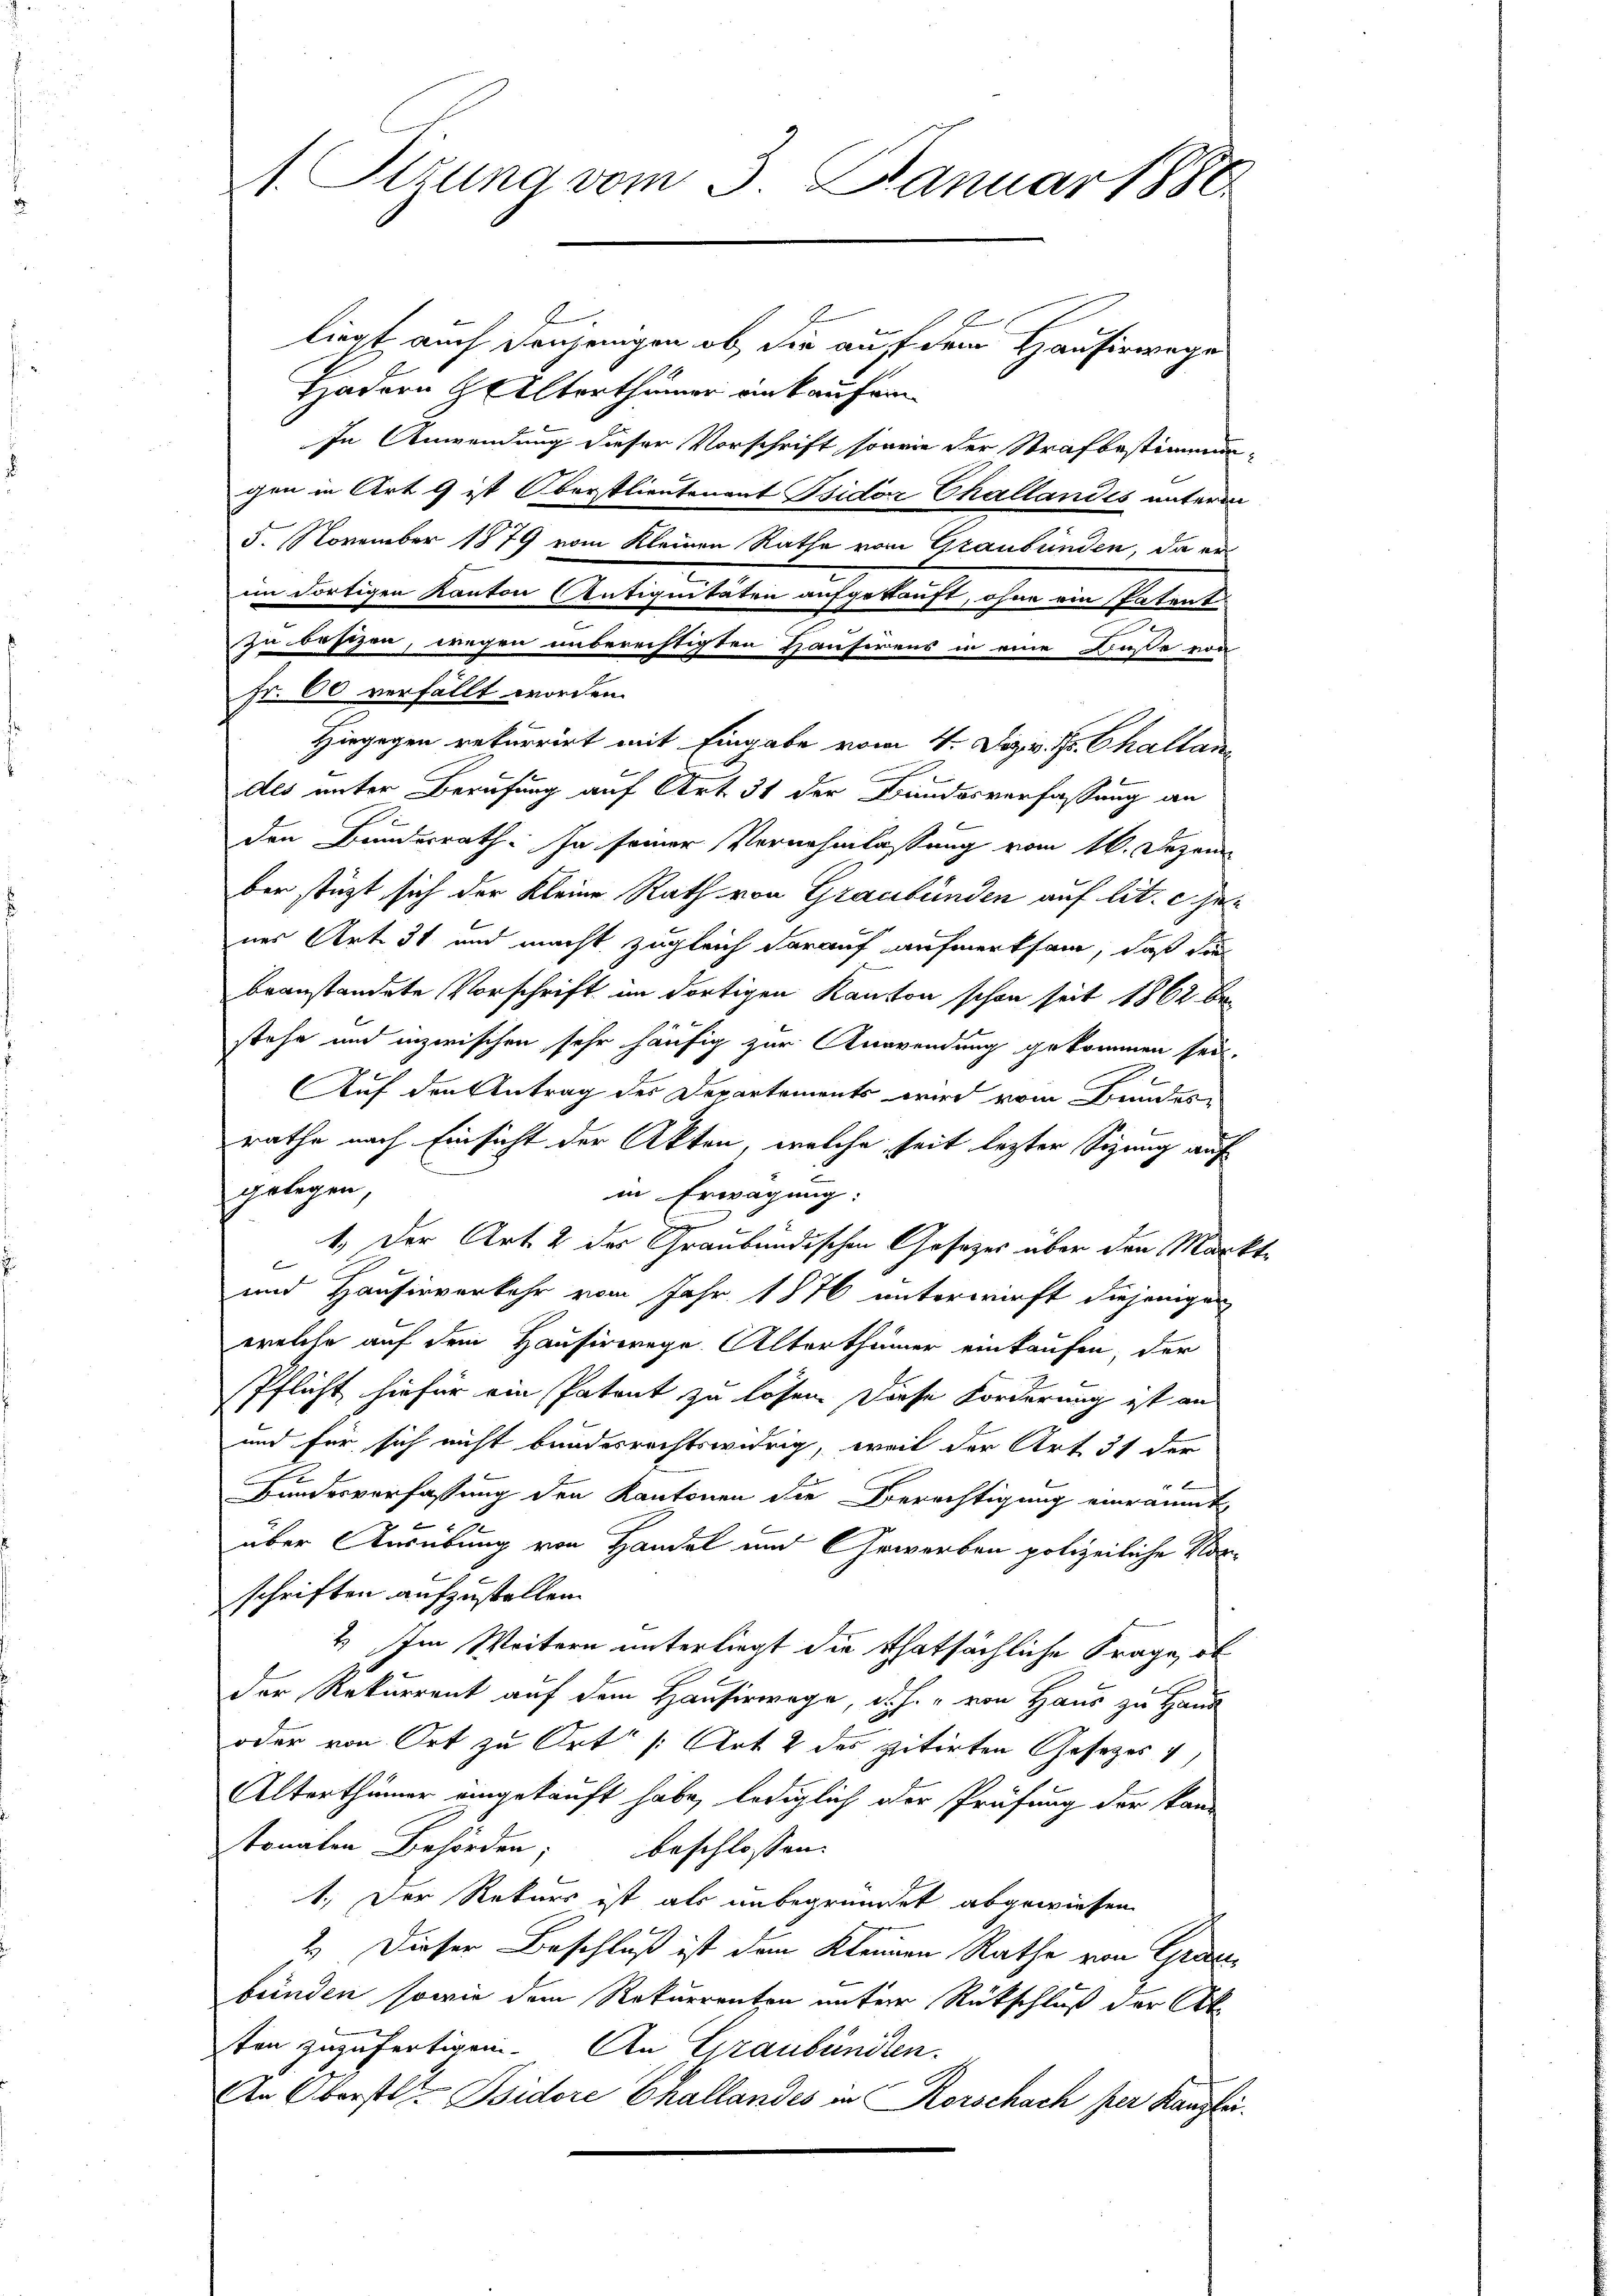
1. Sizung vom 3. Januar 1888

liegt auch denjenigen ob, die auf dem Hausirwege
Hadern Alterthümer einkaufen
In Anwendung dieser Vorschrift sowie der Strafbestimmungen in Art g ist Oberstlieutenant Isidor Challandes unterm
5. November 1879 vom Kleinen Rathe vom Graubünden, da er
im dortigen Kanton Antiquitäten aufgekauft, ohne ein Patent
zu besizen, wegen unberechtigten Hausirens in eine Baße von
Fr. 60 verfällt worden.
Hiegegen rekurrirt mit Eingabe vom 4. Dez. fr. Challan
des unter Berufung auf Art. 31 der Bundesverfassung an
den Bundesrath. Ja seiner Vernehmlassung vom 16. Dezem
ber stützt sich der Kleine Rath von Graubünden auf lit. Genes Art. 31 und macht zugleich darauf aufmerksam, daß die
beanstandete Vorschrift im dortigen Kanton schon seit 1862 be
stehe und inzwischen sehr häufig zur Anwendung gekommen sei.
Auf den Antrag des Departements wird vom Bundes-
rathe nach Einsicht der Akten, welche seit lezter Sigung auf
gelegen,
in Erwägung:
1. Der Art. 2 der Graubündischen Gesezes über den Markt-
und Hausirverkehr vom Jahr 1876 unterwirft diejenigen
welche auf dem Hausirerege Alterthümer einkaufen, der
Pflicht hiefür ein Patent zu lösen. Diese Forderung ist an
und für sich nicht bundesrechtswidrig, weil der Art. 31 der
Bundesverfassung den Kantonen die Berechtigung einräumt,
über Ausübung von Handel und Gewerben polizeiliche Vor¬
.
schriften aufzustellen.
2. Im Weitern unterliegt die thatsächliche Frage, ob
der Rekurrent auf dem Hauserwege, d. h. von Haus zu Haus
oder von Ort zu Ort /: Art 2 des zitirten Gesetzes
Alterthümer eingekauft habe, lediglich oder Prüfung der kan-
tonalen Behörden; beschlossen:
1.) Der Rekurs ist als unbegründet abgewiesen
2.) Dieser Beschluß ist dem Kleinen Rathe von Gracbünden sowie dem Rekurrenten unter Rückschluß der Art.
ten zuzufertigen. An Graubünden.
An Oberst Isidore Challandes in Rorschach per Kanzlei